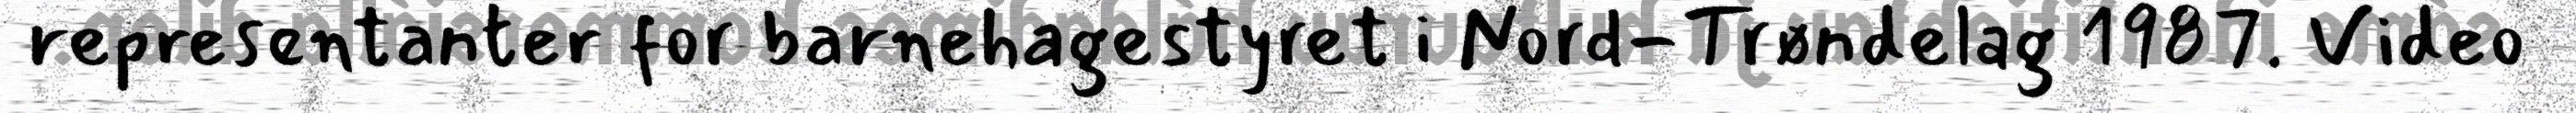
representanter for barnehagestyret i Nord-Trøndelag 1987. Video